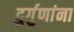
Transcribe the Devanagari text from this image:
दुर्गुणांना